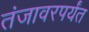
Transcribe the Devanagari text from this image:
तंजावरपर्यंत